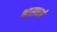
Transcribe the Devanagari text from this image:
भासधर्म